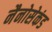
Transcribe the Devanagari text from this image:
नैनोसेकंड